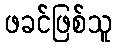
ဖခင်ဖြစ်သူ